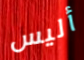
أليس